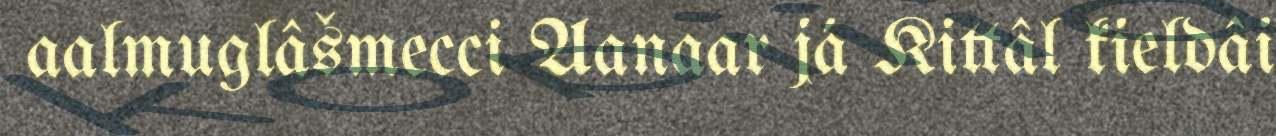
aalmuglâšmecci Aanaar já Kittâl kieldâi